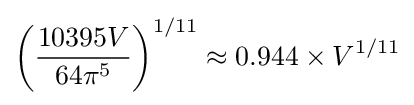
\left({\frac {10395V}{64\pi ^{5}}}\right)^{1/11}\approx 0.944\times V^{1/11}